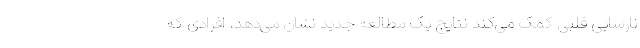
نارسایی قلبی کمک می‌کند نتایج یک مطالعه جدید نشان می‌دهد، افرادی که